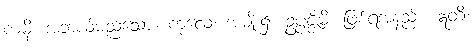
ကမှိ၊ အဘယ်မည်သော။ ကုလေ၊ အမျိုး၌။ ဥပ္ပဇ္ဇိမိ၊ ဖြစ်ရအံ့နည်း။ ဣတိ၊